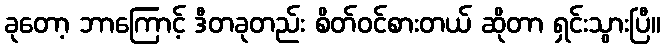
ခုတော့ ဘာကြောင့် ဒီတခုတည်း စိတ်ဝင်စားတယ် ဆိုတာ ရှင်းသွားပြီ။